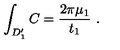
\int _ { D _ { 1 } ^ { \prime } } C = { \frac { 2 \pi \mu _ { 1 } } { t _ { 1 } } } \ .